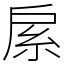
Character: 䋀